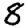
Digit: 8